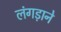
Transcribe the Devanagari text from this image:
लंगड़ाने